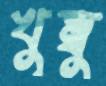
খুম্বু